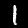
Label: 1